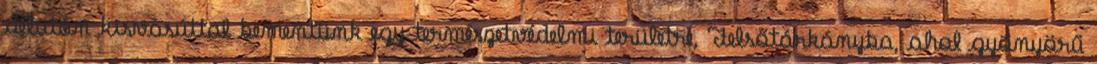
délután kisvasúttal bementünk egy természetvédelmi területre, Felsőtárkányba, ahol gyönyörű